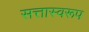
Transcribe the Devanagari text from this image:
सत्तास्वरूप